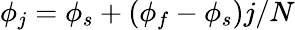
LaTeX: \phi_{j}=\phi_{s}+(\phi_{f}-\phi_{s})j/N